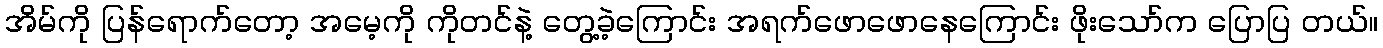
အိမ်ကို ပြန်ရောက်တော့ အမေ့ကို ကိုတင်နဲ့ တွေ့ခဲ့ကြောင်း အရက်ဖောဖောနေကြောင်း ဖိုးသော်က ပြောပြ တယ်။